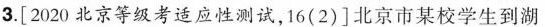
3. [2020 北京等级考适应性测试，16(2)]北京市某校学生到湖